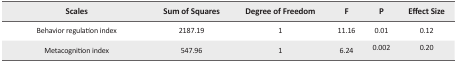
<table><thead><tr><td><b>Scales</b></td><td><b>Sum of Squares</b></td><td><b>Degree of Freedom</b></td><td><b>F</b></td><td><b>P</b></td><td><b>Effect Size</b></td></tr></thead><tbody><tr><td>Behavior regulation index</td><td>2187.19</td><td>1</td><td>11.16</td><td>0.01</td><td>0.12</td></tr><tr><td>Metacognition index</td><td>547.96</td><td>1</td><td>6.24</td><td>0.002</td><td>0.20</td></tr></tbody></table>